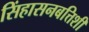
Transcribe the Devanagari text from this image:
सिंहासनबत्तिशी